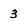
Character: 3